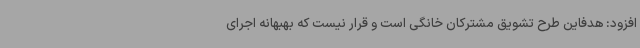
افزود: هدفاین طرح تشویق مشترکان خانگی است و قرار نیست که بهبهانه اجرای